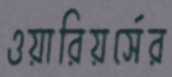
ওয়ারিয়র্সের